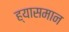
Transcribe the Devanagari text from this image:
ह्यासमान